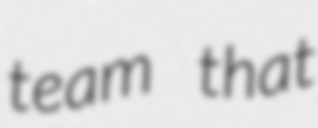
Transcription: team that